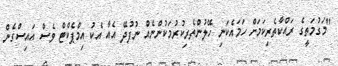
"މަގުމަތީގެ ރައްކާތެރިކަމަށް ހަމައެކަނި ހޭލުންތެރިކުރުމަކުންނެއް ނުފުދޭ އެއާ އެކު އިމްޕެކްޓް ވެސް އައިސްގެން